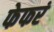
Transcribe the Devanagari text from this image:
फेफरं